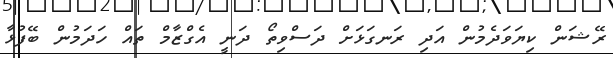
ރޭޝަން ކިޔަވަދެމުން އަދި ރަނގަޅަށް ދަސްވިތޯ ދަނީ އެގްޒާމް ތައް ހަދަމުން ބޭފުޅާ